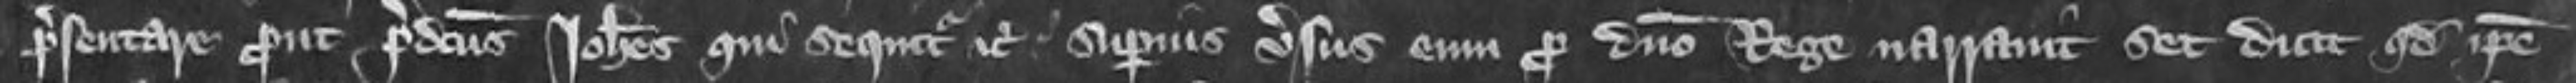
presentare prout predictus Johannes qui sequitur etc superius versus eum pro domino Rege narravit set dicit quod ipse